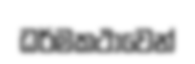
ධර්මකථාවෙන්